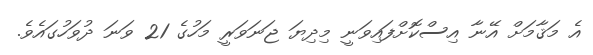
އެ މަޤާމަށް އޭނާ އިސްކޮށްފައިވަނީ މިދިޔަ ޖަނަވަރީ މަހުގެ 21 ވަނަ ދުވަހުގައެވެ.